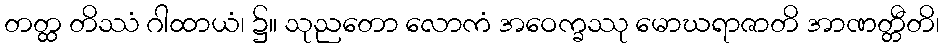
တတ္ထ တိဿံ ဂါထာယံ၊ ၌။ သုညတော လောကံ အဝေက္ခဿု မောဃရာဇာတိ အာဏတ္တီတိ၊